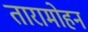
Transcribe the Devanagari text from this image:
तारामोहन